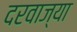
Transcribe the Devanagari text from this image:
दरवाज्या